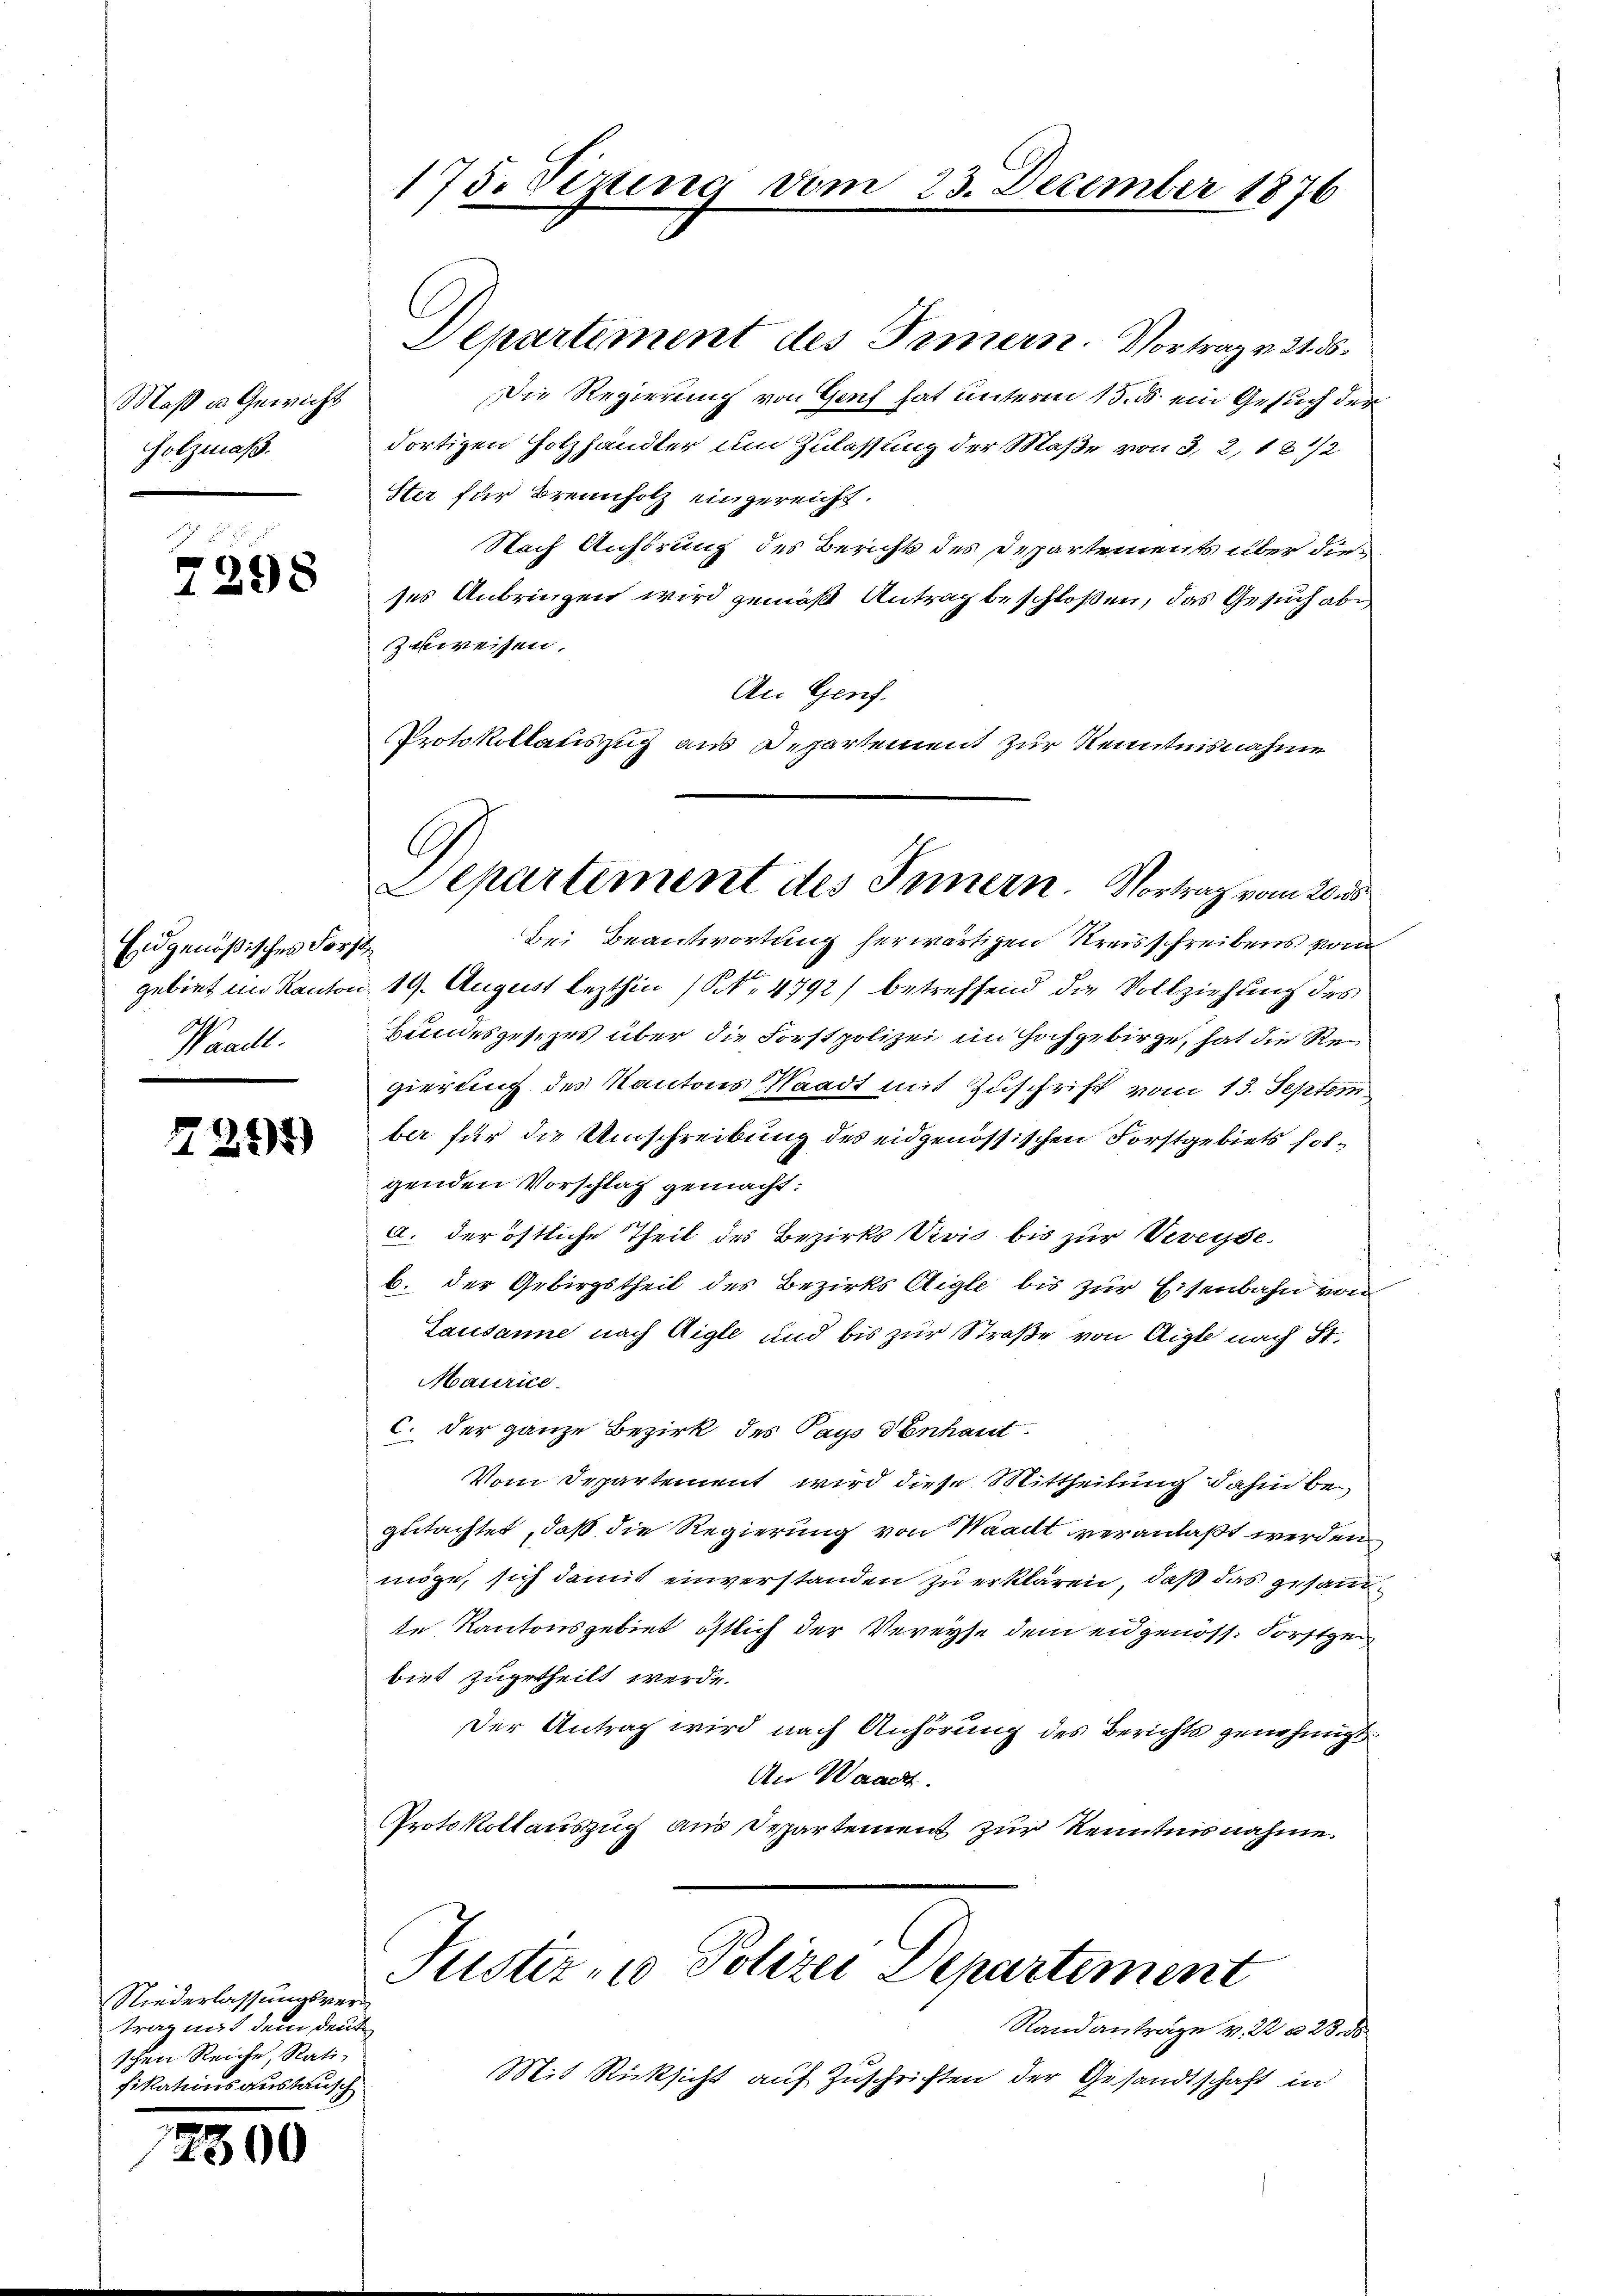
Maß u. Gewicht
Holzmaß.

7298

Eidgenößisches Forst
Waadt.

7245)

Niederlassungsvertrag mit dem deut
schen Reiche Rati-
fikationsanstausch

2500

175. Sizung vom 23. December 1876

Departement des Innern. Vortrag v. 21. ds.
Die Regierung von Genf hat unterm 15. ds. ein Gesuch der
dortigen Holzhändler um Zulassung der Maße von 3, 2, 18 1/2
Ster für Brennholz eingereicht.
Nach Anhörung des Bericht des Departements über dieses Anbringen wird gemäß Antrag beschloßen, das Gesuch abe
zuweisen.
An Genf.
Protokollauszug aus Departement zur Kenntnisnahme

.
Separtement des Innern. Vortrag vom 20.

Bei Beantwortung herwärtigen Kreisschreibens von
gebiet im Kanton 19. August lezthin (S. 4792) betreffend die Vollziehung des
Bundesgesetzes über die Forstpolizei im Hochgebirge, hat die Regierung des Kantons Waadt mit Zuschrift vom 13. Septem
ber für die Umschreibung des eidgenössischen Forstgebiets solgenden Vorschlag gemacht:
A. der östliche Theil des Bezirks Vivis bis zur Veveyseb. der Gebirgstheil des Bezirks Aigle bis zur Eisenbahn von
Lausanne nach Aigle und bis zur Straße von Aigle nach St.
Maurice
C. der ganze Bezirk des Pays denhaut
Vom Departement wird diese Mittheilung dahin begutachtet, daß die Regierung von Waadt veranlaßt werden
möge, sich damit einverstanden zu erklären, daß das gesandte Kantonsgebiet östlich der Vereyse dem eidgenöss. Forstgebiet zugetheilt werde.
Der Antrag wird nach Anhörung des Berichts genehmigt.
An Waadt.
Protokollauszug aus Departement zur Kenntnisnahme

Justiz- u Polizei Departement

Randanträge v. 22 n 23. 18
Mit Rücksicht auf Zuschrichten der Gesandtschaft in